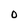
Character: 0